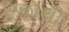
રજાથી